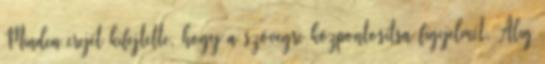
Minden erejét kifejtette, hogy a szövegre központosítsa figyelmét. Alig